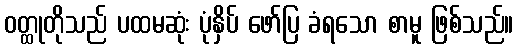
ဝတ္ထုတိုသည် ပထမဆုံး ပုံနှိပ် ဖော်ပြ ခံရသော စာမူ ဖြစ်သည်။